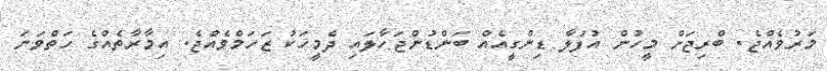
މަރުވެއްޖެ. ބްރިޖަށް މީހުން އުފުލާ ޑިންގީއެއް ބަންޑުންޖަހާލައި ދެމީހަކު ޒަހަމްވެއްޖެ. އިމާރާތެއްގެ ހަތްވަނަ